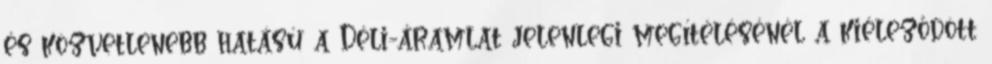
és közvetlenebb hatású a Déli-áramlat jelenlegi megítélésénél a kiéleződött